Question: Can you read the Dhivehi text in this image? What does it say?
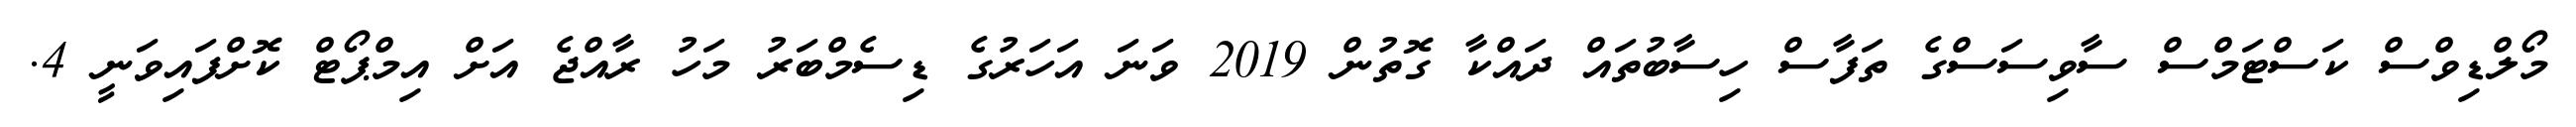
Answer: މޯލްޑިވްސް ކަސްޓަމްސް ސާވިސަސްގެ ތަފާސް ހިސާބުތައް ދައްކާ ގޮތުން 2019 ވަނަ އަހަރުގެ ޑިސެމްބަރު މަހު ރާއްޖެ އަށް އިމްޕޯޓް ކޮށްފައިވަނީ 4.